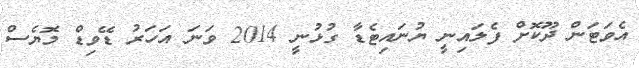
އެވަޓަން ދޫކޮށް ފެލައިނީ ޔުނައިޓެޑާ ގުޅުނީ 2014 ވަނަ އަހަރު ޑޭވިޑް މޮޔެސް